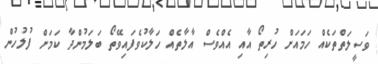
ވަސީލަތްތަކެއް ހަމައަށް ހުރިތޯ އާއި އެއްވެސް އާލާތެއް ހަލާކުވެފައިވޭތޯ ބަލަމުންދާ ކަމަށް ފުލުހުން